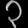
Digit: ၃